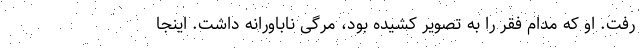
رفت. او که مدام فقر را به تصویر کشیده بود، مرگی ناباورانه داشت. اینجا